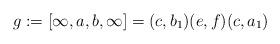
LaTeX: \begin{align*}g:= [\infty,a,b,\infty]=(c,b_1)(e,f)(c,a_1)\end{align*}